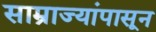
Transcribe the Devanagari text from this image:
साम्राज्यांपासून